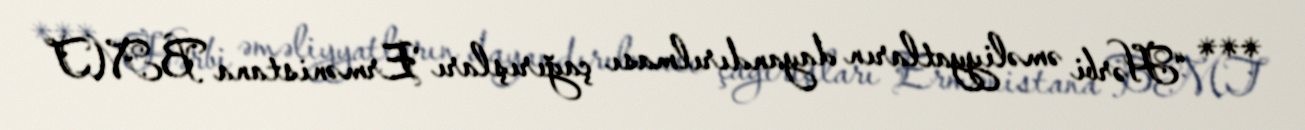
*** “Hərbi əməliyyatların dayandırılması çağırışları Ermənistana BMT